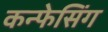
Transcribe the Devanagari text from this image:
कन्फेसिंग